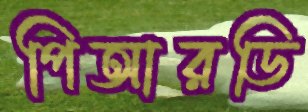
পিআরডি